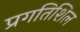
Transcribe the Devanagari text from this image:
प्रगतिशिल